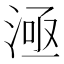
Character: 𣶬